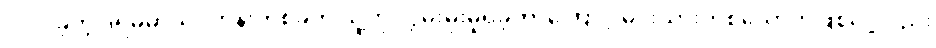
ပါဝင်ခဲ့တဲ့ ဒရမ်မာသင်တန်းတစ်ခုက သူ့ကို လွှမ်းမိုးမှုရှိခဲ့တာကြောင့် မင်းသားတစ်ယောက်ဖြစ်လို့လည်း